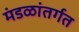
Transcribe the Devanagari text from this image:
मंडळांतर्गत